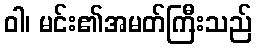
ဝါ၊ မင်း၏အမတ်ကြီးသည်